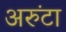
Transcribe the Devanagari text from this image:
अरुंटा